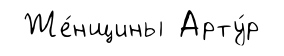
Же́нщины Арту́р